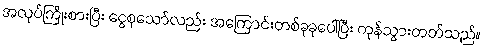
အလုပ်ကြိုးစားပြီး ငွေစုသော်လည်း အကြောင်းတစ်ခုခုပေါ်ပြီး ကုန်သွားတတ်သည်။